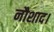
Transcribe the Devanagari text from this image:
नौशाद।